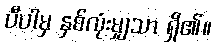
ပီပါမှ နှစ်လုံးမျှသာ ရှိ၏။